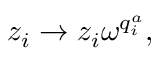
z _ { i } \rightarrow z _ { i } \omega ^ { q _ { i } ^ { a } } ,